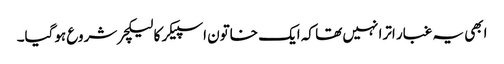
ابھی یہ غبار اترا نہیں تھا کہ ایک خاتون اسپیکر کا لیکچر شروع ہوگیا۔